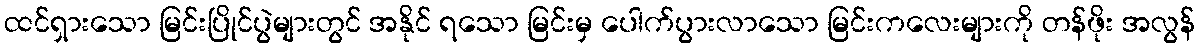
ထင်ရှားသော မြင်းပြိုင်ပွဲများတွင် အနိုင် ရသော မြင်းမှ ပေါက်ပွားလာသော မြင်းကလေးများကို တန်ဖိုး အလွန်